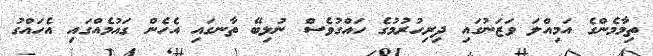
ތިމާމެންގެ އަމިއްލަ ވަޒަނުގައި ދިރިހުރުމުގެ ހައްގުވެސް ނުލިބޭ ތާނގައި އެހެން ގައުމެއްގައި އެހައްގު